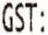
GST: